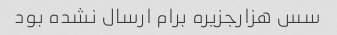
سس هزارجزیره برام ارسال نشده بود